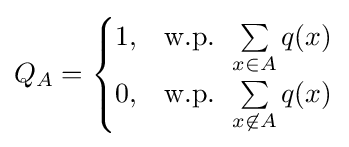
Q_{A}={\begin{cases}1,&{\text{w.p. }}\sum \limits _{x\in A}q(x)\\0,&{\text{w.p. }}\sum \limits _{x\not \in A}q(x)\end{cases}}